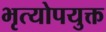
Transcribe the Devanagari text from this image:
भृत्योपयुक्त